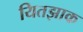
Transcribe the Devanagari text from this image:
यितझाक